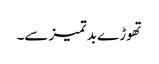
تھوڑے بد تمیزسے۔